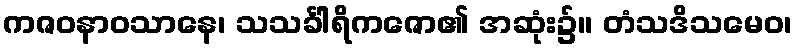
ကဇဝနာဝသာနေ၊ သသင်္ခါရိကဇော၏ အဆုံး၌။ တံသဒိသမေဝ၊